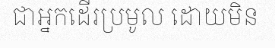
ជាអ្នកដើរប្រមូល ដោយមិន